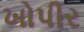
ખોપીર